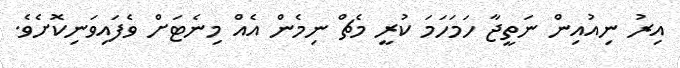
އިރު ނިއުއިން ނަތީޖާ ހަމަހަމަ ކުރީ މެޗް ނިމެން އެއް މިނެޓަށް ވެފައިވަނިކޮށެވެ.